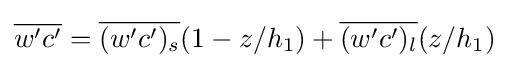
{\overline {w'c'}}={\overline {(w'c')_{s}}}(1-z/h_{1})+{\overline {(w'c')_{l}}}(z/h_{1})